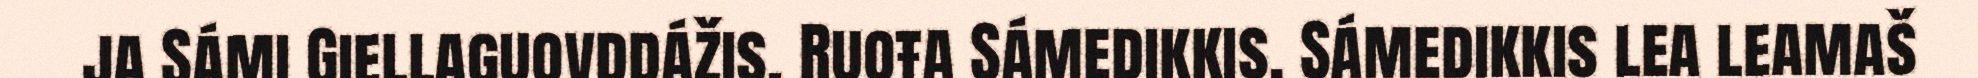
ja Sámi Giellaguovddážis, Ruoŧa Sámedikkis. Sámedikkis lea leamaš